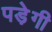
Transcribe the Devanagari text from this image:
पडे़गी